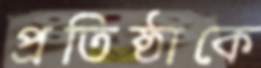
প্রতিষ্ঠাকে